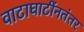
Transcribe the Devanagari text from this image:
वाटाघाटींनतंतर